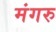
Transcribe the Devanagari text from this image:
मंगरु